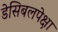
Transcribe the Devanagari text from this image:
डेसिबलपेक्षा